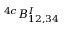
^ { 4 c } B _ { 1 2 , 3 4 } ^ { I }